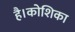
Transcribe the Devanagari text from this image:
है।कोशिका